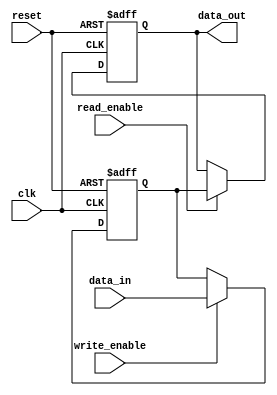
module NVRAM (
    input wire clk,            // Clock input
    input wire reset,          // Reset input
    input wire write_enable,   // Write enable input
    input wire read_enable,    // Read enable input
    input wire [7:0] data_in,  // Data input
    output reg [7:0] data_out   // Data output
);

reg [7:0] nvram_data;         // Register to store data persistently

always @(posedge clk or posedge reset) begin
    if (reset) begin
        nvram_data <= 8'h00;  // Initialize data to all zeroes
    end else if (write_enable) begin
        nvram_data <= data_in; // Write data to NVRAM
    end
end

always @(posedge clk or posedge reset) begin
    if (reset) begin
        data_out <= 8'h00;     // Initialize output data to all zeroes
    end else if (read_enable) begin
        data_out <= nvram_data; // Read data from NVRAM
    end
end

endmodule